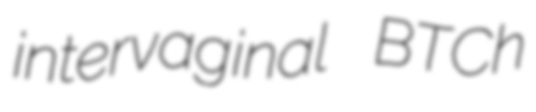
intervaginal BTCh